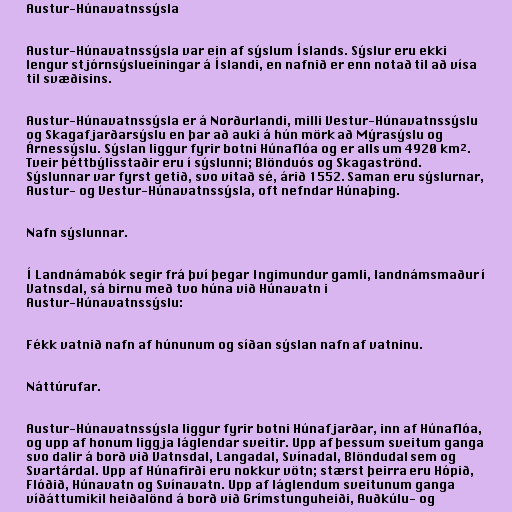
Austur-Húnavatnssýsla

Austur-Húnavatnssýsla var ein af sýslum Íslands. Sýslur eru ekki
lengur stjórnsýslueiningar á Íslandi, en nafnið er enn notað til að vísa
til svæðisins.

Austur-Húnavatnssýsla er á Norðurlandi, milli Vestur-Húnavatnssýslu
og Skagafjarðarsýslu en þar að auki á hún mörk að Mýrasýslu og
Árnessýslu. Sýslan liggur fyrir botni Húnaflóa og er alls um 4920 km².
Tveir þéttbýlisstaðir eru í sýslunni; Blönduós og Skagaströnd.
Sýslunnar var fyrst getið, svo vitað sé, árið 1552. Saman eru sýslurnar,
Austur- og Vestur-Húnavatnssýsla, oft nefndar Húnaþing.

Nafn sýslunnar.

Í Landnámabók segir frá því þegar Ingimundur gamli, landnámsmaður í
Vatnsdal, sá birnu með tvo húna við Húnavatn i
Austur-Húnavatnssýslu:

Fékk vatnið nafn af húnunum og síðan sýslan nafn af vatninu.

Náttúrufar.

Austur-Húnavatnssýsla liggur fyrir botni Húnafjarðar, inn af Húnaflóa,
og upp af honum liggja láglendar sveitir. Upp af þessum sveitum ganga
svo dalir á borð við Vatnsdal, Langadal, Svínadal, Blöndudal sem og
Svartárdal. Upp af Húnafirði eru nokkur vötn; stærst þeirra eru Hópið,
Flóðið, Húnavatn og Svínavatn. Upp af láglendum sveitunum ganga
víðáttumikil heiðalönd á borð við Grímstunguheiði, Auðkúlu- og